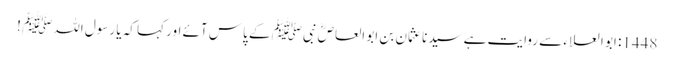
1448: ابو العلاء سے روایت ہے سیدنا عثمان بن ابو العاصؓ نبیﷺ کے پاس آئے اور کہا کہ یا رسول اللہﷺ !